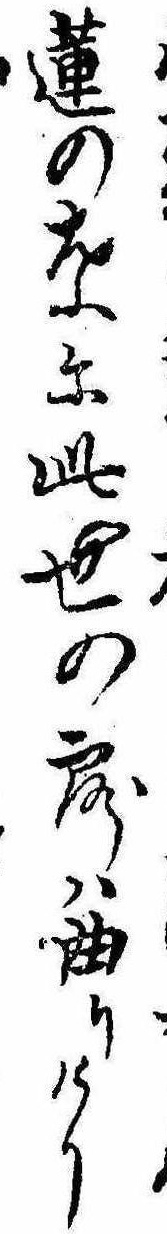
蓮の葉に此世の露は曲りけり